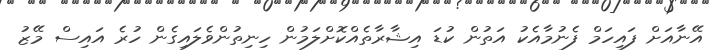
އޭނާއަށް ފައިހަމް ފެނުމާއެކު އަތުން ކުޑަ އިޝާރާތެއްކޮށްލަމުން ހިނިތުންވެލައިގެން ހުރެ އައިސް މޭޒު